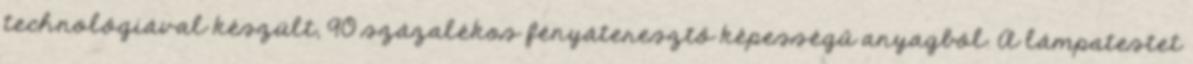
technológiával készült, 90 százalékos fényáteresztő képességű anyagból. A lámpatestet